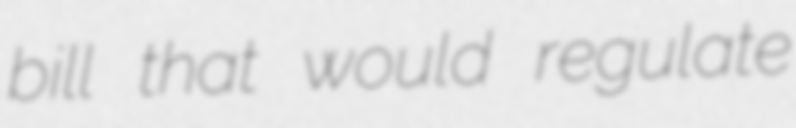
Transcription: bill that would regulate